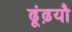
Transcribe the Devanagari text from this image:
ढूंढ़यौ